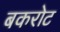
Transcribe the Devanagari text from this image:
बकरोट